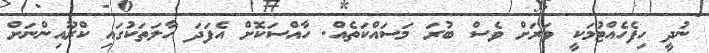
ނުދީ ހިފެހެއްޓުމަކީ ވަރަށް ވެސް ބުރަ މަސައްކަތެއް. ހާއްސަކޮށް އެފަދަ ހާލަތަކުގައި ކްރޫއިންނަށް